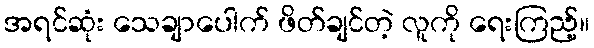
အရင်ဆုံး သေချာပေါက် ဖိတ်ချင်တဲ့ လူကို ရေးကြည့်။